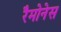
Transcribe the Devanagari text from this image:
रैमोनेस